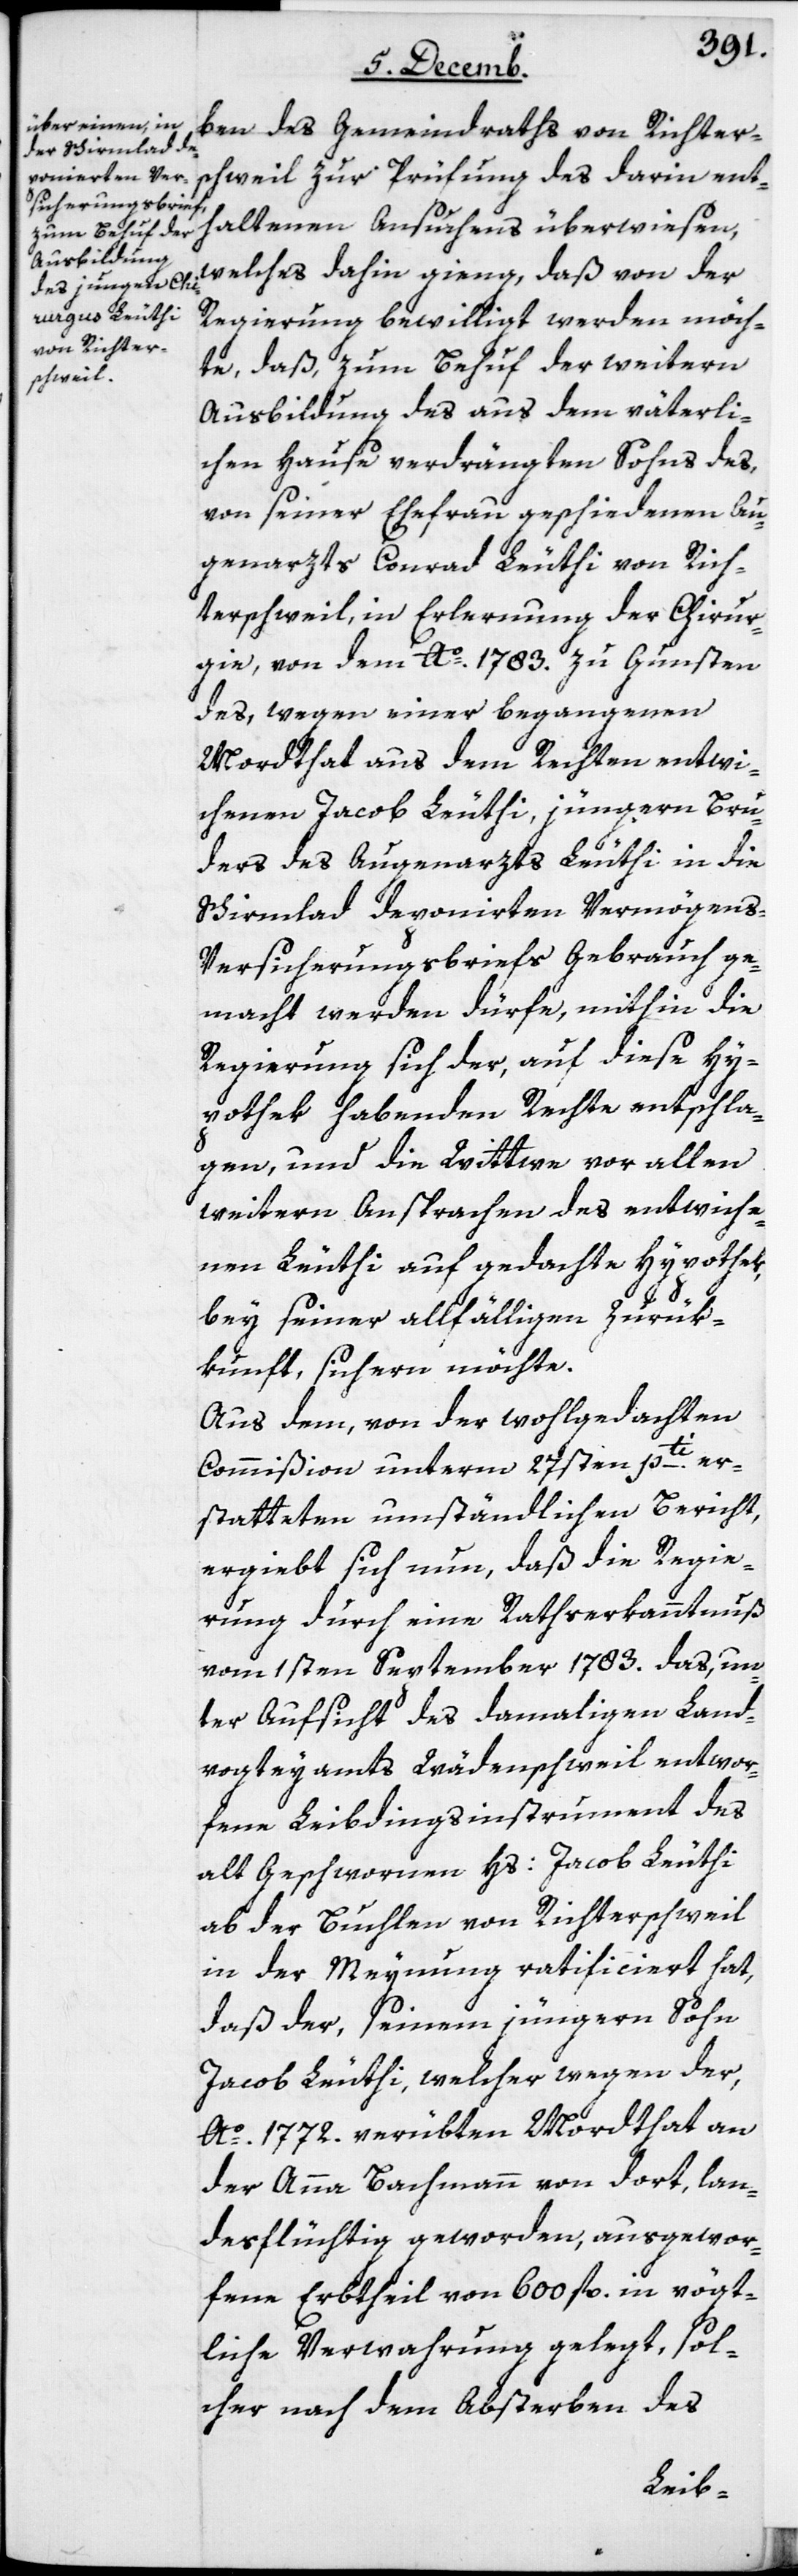
ben des Gemeindraths von Richter¬
schweil zur Prüfung des darin ent¬
haltenen Ansuchens überwiesen,
welches dahin gieng, daß von der
Regierung bewilligt werden möch¬
te, daß, zum Behuf der weitern
Ausbildung des aus dem väterli¬
chen Hause verdrängten Sohns des,
von seiner Ehefrau geschiedenen Au¬
genarzts Conrad Leuthi von Rich¬
terschweil, in Erlernung der Chirur¬
gie, von dem Ao. 1783. zu Gunsten
des, wegen einer begangenen
Mordthat aus dem Rechten entwi¬
chenen Jacob Leuthi, jüngern Bru¬
ders des Augenarzts Leuthi in die
Schirmlad deponierten Vermögens-V¬
ersicherungsbriefs Gebrauch ge¬
macht werden dürfe, mithin die
Regierung sich der, auf diese Hy¬
pothek habenden Rechte entschla¬
gen, und die Wittwe vor allen
weitern Ansprachen des entwiche¬
nen Leuthi auf gedachte Hypothek,
bey seiner allfälligen Zurük¬
kunft sichern möchte.
Aus dem, von der wohlgedachten
Commißion unterm 27sten pti. er¬
statteten umständlichen Bericht,
ergibt sich nun, daß die Regie¬
rung durch eine Rathserkanntnuß
vom 1sten September 1783. das, un¬
ter Aufsicht des damaligen Land¬
vogteyamts Wädenschweil entwor¬
fene Leibdingsinstrument des
alt Geschworenen Hs. Jacob Leuthi
ab der Buchlen von Richterschweil
in der Meynung ratificiert hat,
daß der, seinem jüngern Sohn
Jacob Leuthi, welcher wegen der,
Ao. 1772. verübten Mordthat an
der Anna Bachmann von dort, lan¬
desflüchtig geworden, ausgewor¬
fene Erbtheil von 600 fl. in vögt¬
liche Verwahrung gelegt, sol¬
cher nach dem Absterben des